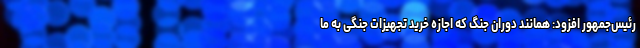
رئیس‌جمهور افزود: همانند دوران جنگ که اجازه خرید تجهیزات جنگی به ما